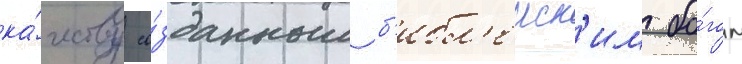
ка́честву со́зданным б'ибл'еиск'им бо́гом